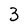
Character: 3